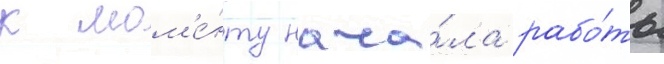
к мом'е́нту нача́ла рабо́ты